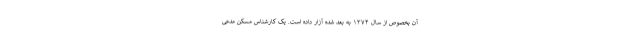
آن بخصوص از سال ۱۳۷۴ به بعد شده آزار داده است. یک کارشناس مسکن مدعی